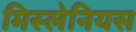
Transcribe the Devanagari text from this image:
मिस्लेनियस